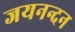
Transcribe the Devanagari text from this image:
जयनन्दन